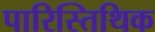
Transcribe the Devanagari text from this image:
पारिस्तिथिक